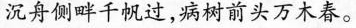
沉舟侧畔千帆过，病树前头万木春。